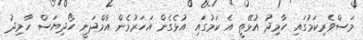
މަސްވެރިކަމުގައި ހާމިދު އުޅޭތީ އެ ކަމުގައި އުޅެގެން އަހަރުމެން އާމްދަނީ ހޯދިޔަސް ހާމިދު